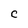
Character: C